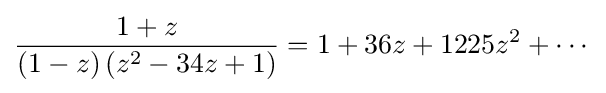
{\frac {1+z}{(1-z)\left(z^{2}-34z+1\right)}}=1+36z+1225z^{2}+\cdots